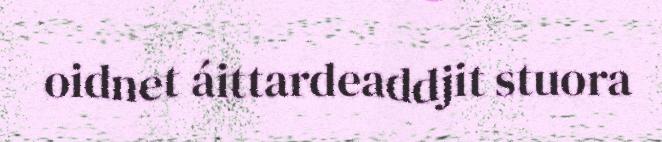
oidnet áittardeaddjit stuora